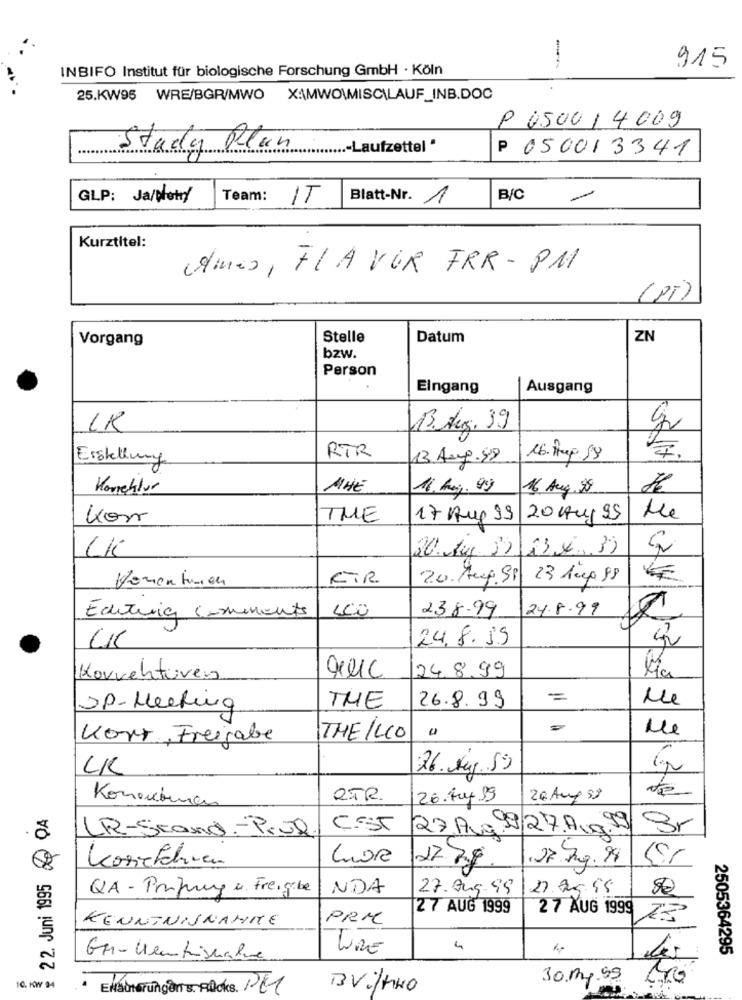
915
INBIFO Institut für biologische Forschung GmbH · Köln
--
25.KW95
WRE/BGR/MWO XAMWOWMISC\LAUF_INB.DOC
P 050014009
-
Study Plan
.- Laufzettel *
P 050013341
GLP: Ja/Notry
Team:
IT
Blatt-Nr. 1
B/C
Kurztitel:
Ames, FLAVOR FRR- PM
(PT)
Vorgang
Stelle
Datum
ZN
bzw.
Person
Eingang
Ausgang
B. Aug. 39
Erstellung
RTR
13.Aug.99
16. Hup. S9
Korrektur
MHE
11.Kog.99
16 Aug. 38
Kon
THE
17 Aug 99
20 Ha, 95
He
20.Aug. 80 23x3)
LK
KIR
20. Aug. Si
23 Aupp
40
238.99
24.8.99
Editoria comments
24.8. 19
24.8.99
Korrekturen
26.8.99
=
Me
JP-Meeting
THE
Me
Kort , Freigabe
THE ILLO
UK
26.kg.59
Q.TR.
26.Aug. 19
26 Aug 58
22. Juni 1995 QA
Konaubenas
LR-Stand- Prue
CSST
27.Aug 19/27.A.99 Sr
Koniefahren
27.Aug.99
22.3g
QA - Prufung a. Freigabe
NDA
27. Ju5-95
27.05.95
27 AUG 1999
27 AUG 1999
KENNTNISNAHME
PRM
URE
2505364295
1C. KWY 94
30 mg.99
ENautorungens. Rücks. DET
BVilhHO